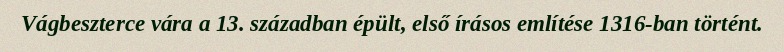
Vágbeszterce vára a 13. században épült, első írásos említése 1316-ban történt.